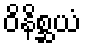
ဝိနိစ္ဆယံ